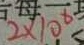
2 \times 1 0 ^ { 6 }